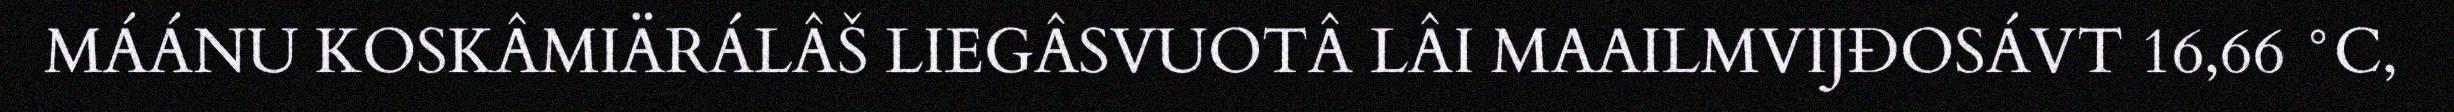
MÁÁNU KOSKÂMIÄRÁLÂŠ LIEGÂSVUOTÂ LÂI MAAILMVIJĐOSÁVT 16,66 °C,